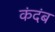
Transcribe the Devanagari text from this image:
कंदंब